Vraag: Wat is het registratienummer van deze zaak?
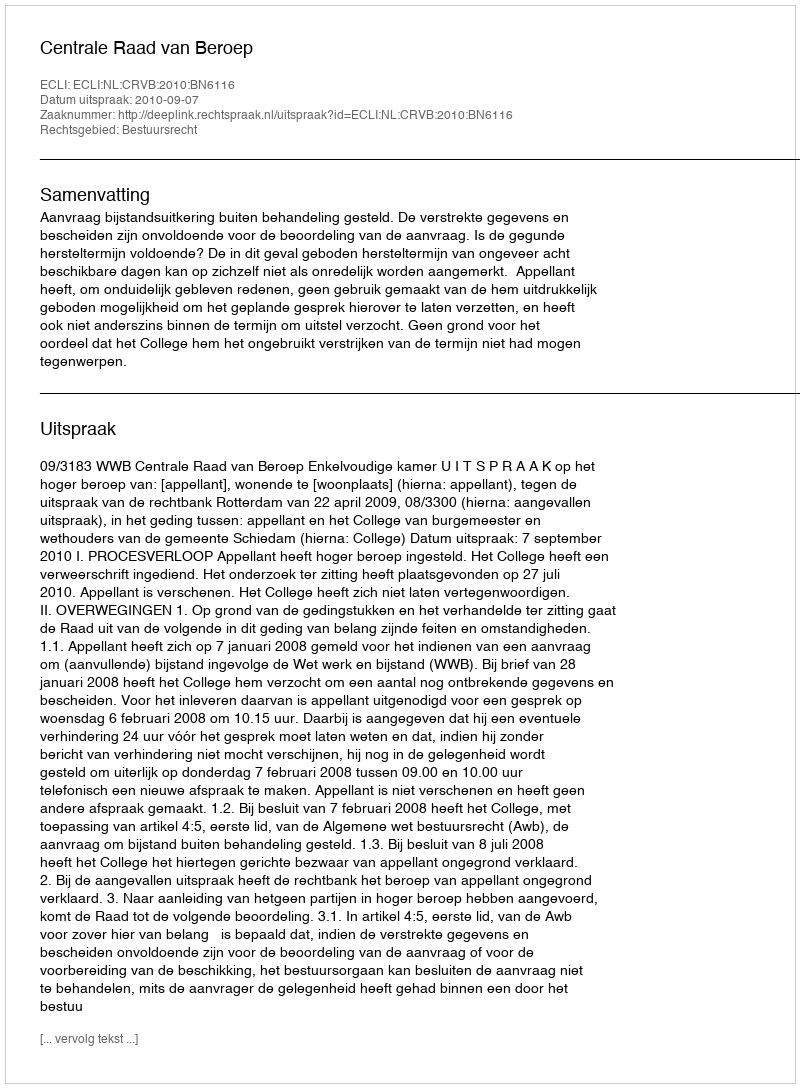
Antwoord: http://deeplink.rechtspraak.nl/uitspraak?id=ECLI:NL:CRVB:2010:BN6116